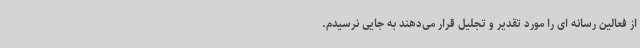
از فعالین رسانه ای را مورد تقدیر و تجلیل قرار می‌دهند به جایی نرسیدم.